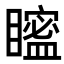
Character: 𥋱